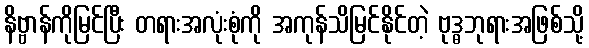
နိဗ္ဗာန်ကိုမြင်ပြီး တရားအလုံးစုံကို အကုန်သိမြင်နိုင်တဲ့ ဗုဒ္ဓဘုရားအဖြစ်သို့